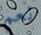
نعم